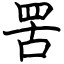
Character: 罟